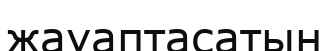
жауаптасатын